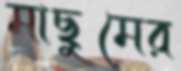
মাছুমের